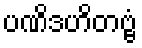
ပဏိဒဟိတဗ္ဗံ